Vaccination in Burma 1900-1911 - 1900-1911
Year: 1900
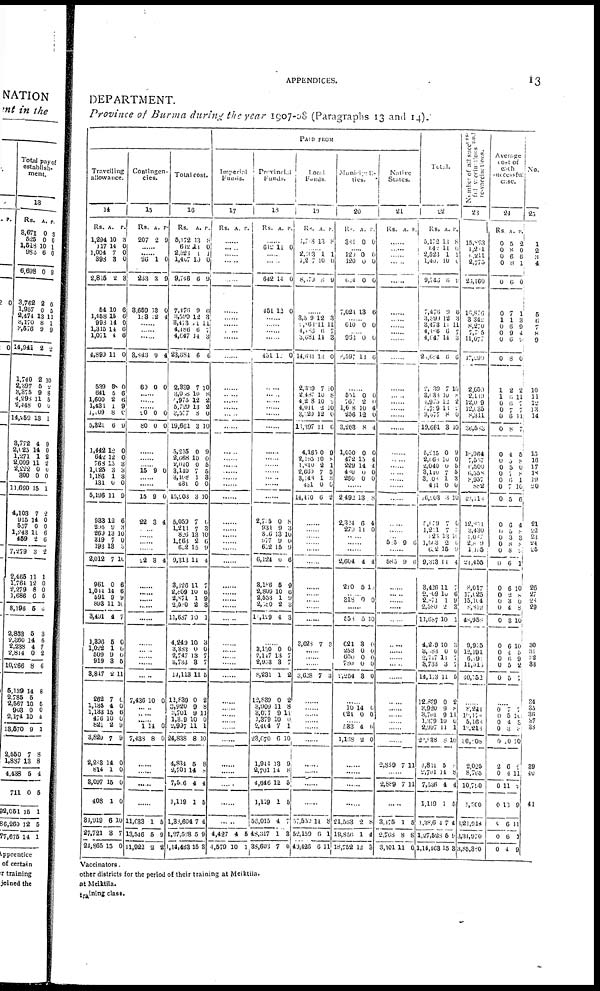
APPENDICES.
13
DEPARTMENT.
Province of Burma during the year 1907-08 (Paragraphs 13 and 14).
PAID FROM
Travelling
allowance.
14
Rs.
1,294
117
1,004
398
2,815
54
1,458
998
1,315
1,071
4,899
539
641
1,600
1,431
1,109
5,321
1,442
642
768
1,025
1,186
181
5,196
933
295
269
319
193
2,012
961
1,014
591
893
3,491
A.
10
14
7
8
2
10
15
14
14
4
11
5
5
2
1
8
6
12
12
15
3
1
0
11
12
9
13
7
13
7
0
14
9
11
4
P.
3
0
0
0
3
6
6
0
6
6
0
0
6
6
9
0
9
0
0
3
3
3
0
9
6
3
10
0
0
10
6
6
9 10
7
1,896
1,022
509
919
8,817
262
1,135
1,133
476
821
3,829
2,283
814
8,097
408
31,919
27,721
24,865
5
1
9
3
2
7
4
15
10
2
7
14
1
15
1
6
3
15
0
0
0
5
11
0
0
6
0
9
9
0
0
0
0
10
7
0
Contingen-
cies.
15
Rs.
207
A.
2
P.
9
......
......
26
243
3,659
183
1
3
58
12
0
9
0
4
......
......
......
3,843
60
9
0
4
0
......
......
......
20
80
0
0
0
0
......
......
......
15 9 0
......
......
15
22
9
3
0
4
......
......
......
......
22 3 4
......
......
......
......
......
......
......
......
......
......
7,430 10 0
......
......
......
1
7,438
14
8
0
0
......
......
......
......
11,033
13,516
11,922
1
5
2
5
9
2
Total cost.
16
Rs.
5,172
612
2,523
1,407
9,746
7,476
3,599
8,473
4,486
4,647
23,684
2,839
3,008
2,975
5,729
3,577
19,661
5,215
2,068
2,040
3,140
3,408
431
10,903
5,059
1,211
826
1,563
632
9,313
3,126
2,809
2,871
2,580
11,687
4,249
3,383
2,747
3,733
11,113
12,839
3,920
3,701
1,309
2,997
24,838
4,834
2,701
7,506
1,119
1,83,604
1,27,528
1,14,463
A.
13
11
1 10
6
9
12
11
6
11
6
7
10
12
13
8
3
0
10
0
7
1
0
3
7
7
13
2
15
11
11
10
1
2
10
10 0
13
3
11
0
9
9
10 11
8
5
14
4
1
7
5
15
P.
8
0
1
0
9
6
3
11
7 3
6
10
8
2
2
0
10
9
0
5
5
3
0
10
0
3
10
6
9
1
7
6
9
3
1
3
0
7
7
5
2
8
11
0
1
10
8
8
4
5
4
9
3
Imperial
Funds.
17
Rs. A. P.
......
......
......
......
......
......
......
......
......
......
......
......
......
......
......
......
......
......
......
......
......
......
......
......
......
......
......
......
......
......
......
......
......
......
......
......
......
......
......
......
......
......
......
......
......
......
......
......
......
......
......
4,427
4,579
4
10
5
1
Provincial
Funds.
18
Rs. A. P.
......
612 11 0
......
......
642
451
14
12
0
0
......
......
......
......
451 12 0
......
......
......
......
......
......
......
......
......
......
......
......
......
2,705
931
826
977
652
6,124
3,186
2,809
2,553
2,580
11,129
0
9
13
9
15
0
5
10
1
2
4
8
3
10
0
9
6
9
6
9 3
3
......
3,130
2,147
2,953
8,231
12,839
3,909
3,077
1,379
2,404
23,070
1,944
2,701
4,646
1,119
56,015
48,317
38,603
0
13
3
1
0
11
9
10
7
6
13
11
12
1
4
1
7
0
7
7
2
2
8
11
0
1
10
9
8
5
5
7
3
0
Local
Funds.
19
Rs.
1,708
A.
13
P.
8
......
2,303
1,207
8,170
1
10
8
1
0
9
......
3,509
1,863
4,186
3,681
14,681
2,339
2,487
4,208
4,041
3,020
16,397
4,165
2,195
1,810
2,600
3,148
431
14,410
12
11
6
14
14
7
10
10
2
12
11
0
10
2
7
1
0
0
3
11
7
3
0
30
8
2
10
0
6
9
8
1
5
3
0
2
......
......
......
......
......
......
......
......
......
......
......
3,628 7 8
......
......
......
3,628 7 3
......
......
......
......
......
......
......
......
......
......
57,550
52,159
40,426
11
0
6
8
1
11
Municipali¬
-ies.
20
Rs.
381
A.
0
P.
0
......
120
120
6
7,024
0 0
0
13
0 0
0
6
......
610 0 0
......
960
8,597
0
13
0
6
......
551
767
1,608
256
3,263
1,050
472
229
480
260
0
2
10
12
8
0
15
14
0
0
0
0
4
0
4
0
4
4
0
0
......
2,492
2,324
279
13
6
11
8
4
0
......
......
......
2,604
210
4
5
4
1
......
318 0 0
......
558 5 10
621
253
600
780
2,254
3
0
0
0
3
0
0
0
0
0
......
10
624
14
0 0
0
......
533
1,168
4
2
0
0
......
......
......
......
21,563
19,856
18,752
0
1
12
8
4
3
Native
States.
21
Rs.
A. P.
......
......
......
......
......
......
......
......
......
......
......
......
......
......
......
......
......
......
......
......
......
......
......
......
......
......
......
585 9 6
......
585
9 6
......
......
......
......
......
......
......
......
......
......
......
......
......
......
......
......
2,889 7 11
......
2,889 7 11
......
3,475
2,768
3,101
1
8
11
5
8
0
Total.
22
Rs.
5,172
642
2,523
1,400
9,746
7,476
3,590
3,473
4,486
1,047
2 0,604
2,039
3,138
4,975
5,739
3,577
19,661
6,215
2,668
2,040
3,110
3,006
431
16,903
5,659
1,211
325
1,563
632
9,313
3,426
2,809
2,871
2,580
11,687
4,209
3,083
2,747
3,733
11,143
12,839
8,920
3,701
1,379
2,997
21,938
4,801
2,701
7,536
1,119
1,38604
1,27,528
1,14,463
A.
13
11
1
10
6
9
12
11
6
14
6
7
10
12
13
8
3
0
10
0
7
1
0
3
7
7
13
2
15
11
11
10
1
2
10
10
0
13
3
11
0
9
9
10
11
8
5
14
4
1
7
5
15
P.
8
0
1
0
9
0
3
11
7
3
6
10
8
2
2
0
10
9
0
5
5
3
0
10
0
3 10
0
9
1
7
6
9
3
1
3
0
7 7
5
2
8
11
0
1
10
8
8
4
5
4
9
8
Number of all success¬
ful
vaccinations
and
re-vaccinations.
23
15,893
1,281
1,211
2,775
26,160
16,876
3,342
8,270
7,705
11,077
17,290
2,059
2,119
12,009
12,035
8,311
36,583
18,964
7,557
6,500
6,558
8,957
882
43,418
12,851
3,430
4,087
2,809
1,135
24,455
8,017
17,025
15,104
8,812
48,958
9,935
12,191
6,391
11,515
40,152
......
8,241
10,178
5,168
12,218
36,008
2,025
8,765
10,790
1,300
3,21,014
3,34,970
3,85,380
Average
cost of
each
successful
case.
24
Rs.
0
0
0
0
0
0
1
0
0
0
0
1
1
0
0
0
0
0
0 0
0
0
0
0
0
0
0
0
0
0
0
0
0 0
0
0
0 0
0
0
A.
5
8
6
8
6
7
1
6
9
6
8
2
6
6
7
6
8
4
5
5
7 6
7
5
6
5 3
8
8
6
6
2
3 4
3
6
4
6
5
5
P.
2
0
6 1
0
1
3
9
4
9
0
2
11
7
7
11
7
5
8
0
8 1
10
6
4
8
3
8
9
1
10
8
0 8
10
10
5 9
2
7
......
0
0
0
0
0
2
0
0
0
0
0
0
7
5
4
3
10
6
4
11
13
6
6
4
7
10
3
8
10
0
11
2
9
11
1
9
No.
25
1
2
3 4
5
6
7
8
9
10
11
12
13
14
15
16
17
18
19
20
21
22
23
24
25
26
27
28
29
30
31
32
33
34
35
36
37
38
39
40
41
Vaccinators.
other districts for the period of their training at Meiktila.
at Meiktila.
training class.